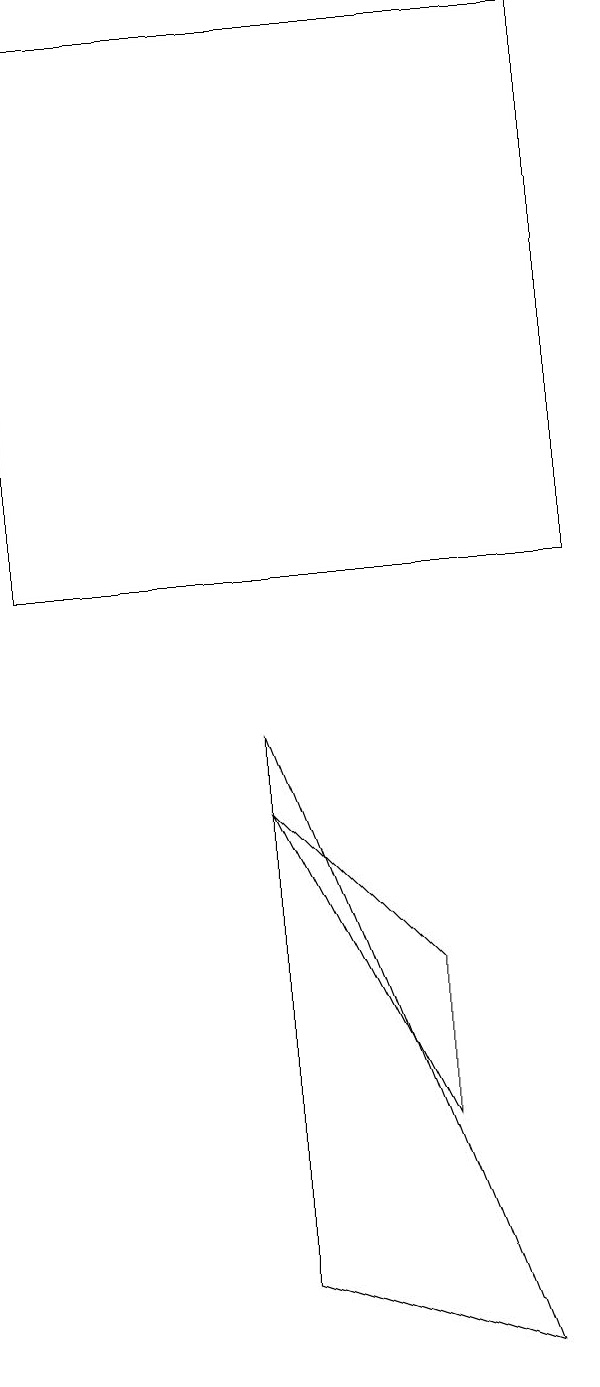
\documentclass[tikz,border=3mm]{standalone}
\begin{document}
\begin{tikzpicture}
\draw (6,3) -- (6,5) -- (4,7) -- cycle;
\draw (4,1) -- (7,0) -- (4,8) -- cycle;
\draw (8,10) rectangle (1,17);
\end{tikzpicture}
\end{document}